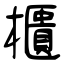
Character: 櫃